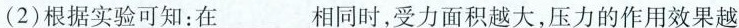
(2)根据实验可知：在________相同时，受力面积越大，压力的作用效果越